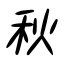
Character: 秋